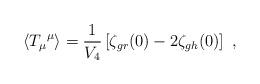
LaTeX: \begin{align*}\langle{T_{\mu}}^{\mu}\rangle=\frac{1}{V_{4}}\left[\zeta_{gr}(0)-2\zeta_{gh}(0)\right]\ ,\end{align*}